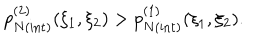
p _ { N { \mathrm { ( i n t ) } } } ^ { ( 2 ) } ( \xi _ { 1 } , \xi _ { 2 } ) > p _ { N { \mathrm { ( i n t ) } } } ^ { ( 1 ) } ( \xi _ { 1 } , \xi _ { 2 } ) .